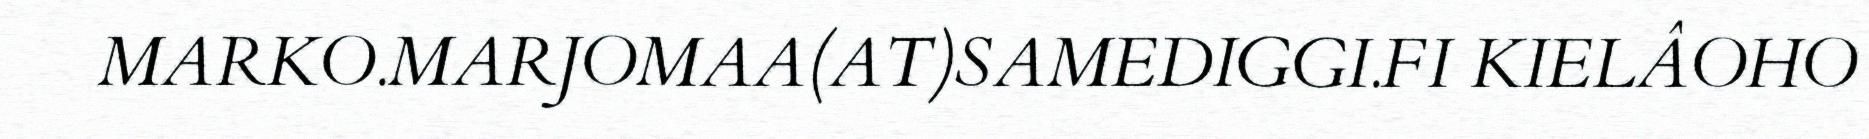
MARKO.MARJOMAA(AT)SAMEDIGGI.FI KIELÂOHO